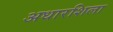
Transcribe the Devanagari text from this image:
अधारशिला